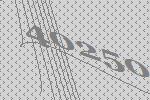
40250